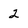
Character: 2